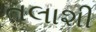
તલાશી